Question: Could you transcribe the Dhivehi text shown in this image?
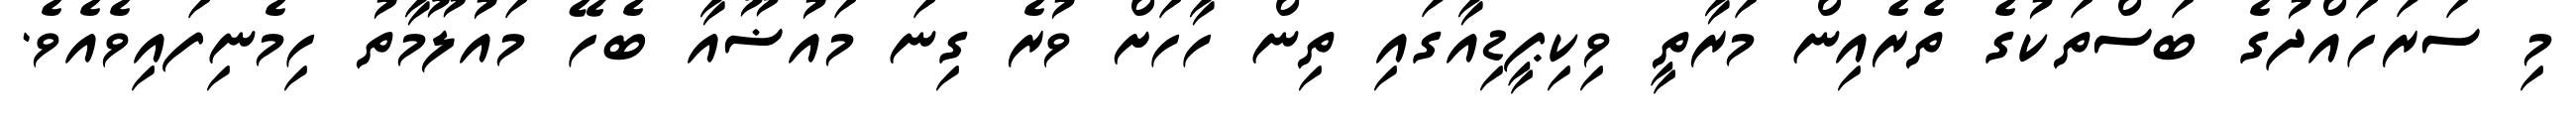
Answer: މި ސަރަހައްދުގެ ބަސްތަކުގެ ތެރެއިން މަރާތީ ވިކިޕީޑިއާގައި ތިން ހާހަށް ވުރެ ގިނަ މައުޟޫއާ ބެހޭ މައުލޫމާތު ހިމެނިފައިވެއެވެ.